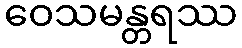
ဝေသမန္တရဿ